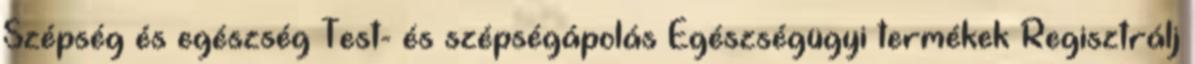
Szépség és egészség Test- és szépségápolás Egészségügyi termékek Regisztrálj